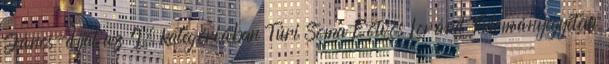
János-díjat az I. kategóriában Túri Soma Eötvös Loránd Tudományegyetem